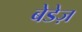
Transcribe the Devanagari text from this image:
बेडेज़